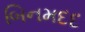
બિનમદદ